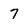
Character: 7